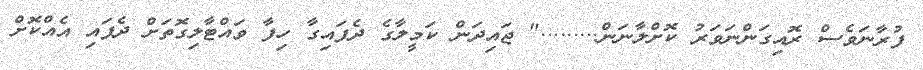
ފުރާނަވެސް ރޮއިގަންނަވަރު ކޮށްލާނަން........." ޖައިދަން ކަމީލާގެ ދެފައިގާ ހިފާ ވައްޓާލިގޮތަށް ދެފައި އެއްކޮށް